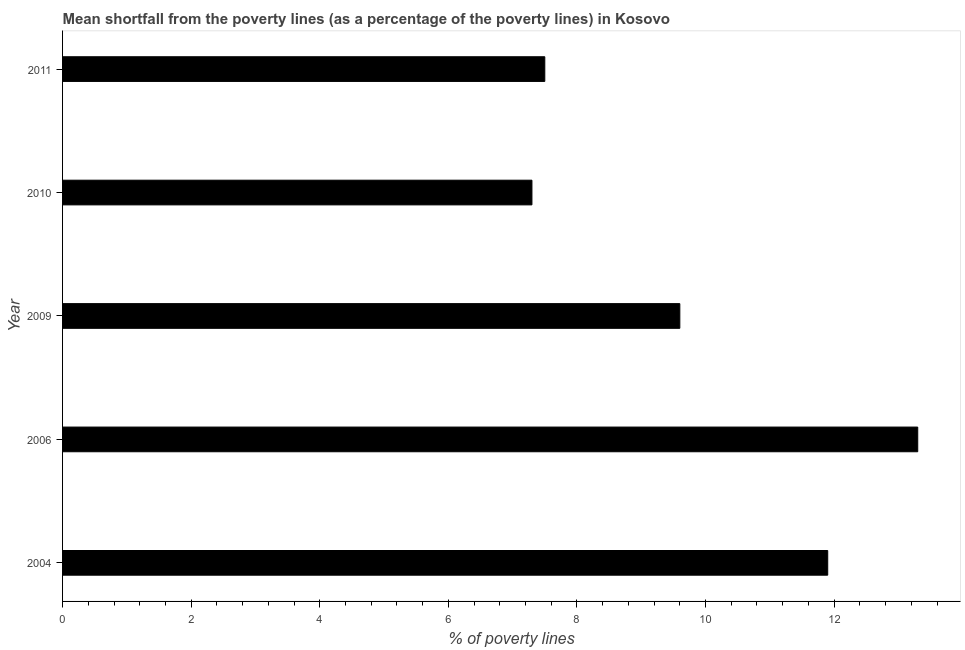
| Year | Poverty gap at national poverty lines |
 | --- | --- |
 | 2004 | 11.9 |
 | 2006 | 13.3 |
 | 2009 | 9.6 |
 | 2010 | 7.3 |
 | 2011 | 7.5 |